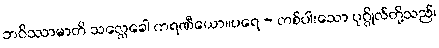
ဘဝိဿာမာတိ သလ္လေခေါ ကရဏီယော။ပရေ - တစ်ပါးသော ပုဂ္ဂိုလ်တို့သည်၊